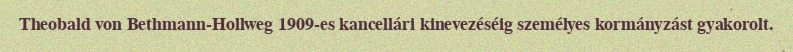
Theobald von Bethmann-Hollweg 1909-es kancellári kinevezéséig személyes kormányzást gyakorolt.